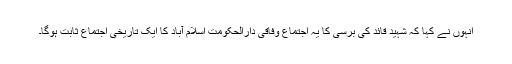
انہوں نے کہا کہ شہید قائد کی برسی کا یہ اجتماع وفاقی دارالحکومت اسلام آباد کا ایک تاریخی اجتماع ثابت ہوگا۔